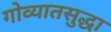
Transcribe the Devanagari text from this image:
गोव्यातसुद्धा